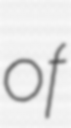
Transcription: of